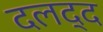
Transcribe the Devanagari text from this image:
दलद्द